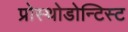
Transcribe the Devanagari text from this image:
प्रोस्थोडोन्टिस्ट